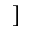
]